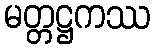
မတ္တဋ္ဌကဿ